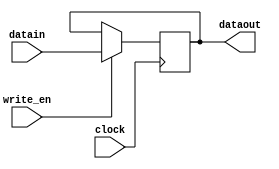
//General purpose register without increment

module regr(input clock,
				input write_en,
				input [15:0] datain, 
				output reg [15:0] dataout );
				
always @(posedge clock) 
begin 
if (write_en == 1) 
		dataout <= datain; 
end 

endmodule